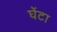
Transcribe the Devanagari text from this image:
घेंटा